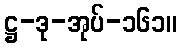
ဋ္ဌ-ဒု-အုပ်-၁၆၁။